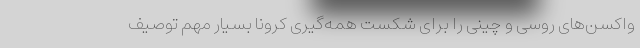
واکسن‌های روسی و چینی را برای شکست همه‌گیری کرونا بسیار مهم توصیف